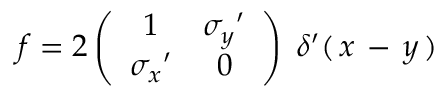
f = 2 \left( \begin{array} { c c } { { 1 } } & { { { \sigma _ { y } } ^ { \prime } } } \\ { { { \sigma _ { x } } ^ { \prime } } } & { { 0 } } \end{array} \right) \; \delta ^ { \prime } ( \, x \, - \, y \, )